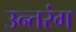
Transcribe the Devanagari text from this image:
उन्तरंग